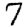
Digit: 7